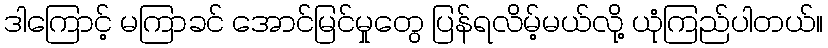
ဒါကြောင့် မကြာခင် အောင်မြင်မှုတွေ ပြန်ရလိမ့်မယ်လို့ ယုံကြည်ပါတယ်။